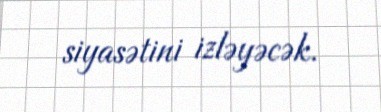
siyasətini izləyəcək.